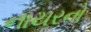
નાયરનો